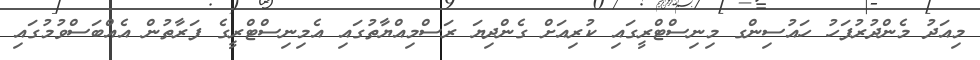
މިއަދު މެންދުރުފަހު ހައުސިންގ މިނިސްޓްރީގައި ކުރިއަށް ގެންދިޔަ ރަސްމިއްޔާތުގައި އެމިނިސްޓްރީގެ ފަރާތުން އެއްބަސްވުމުގައި